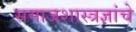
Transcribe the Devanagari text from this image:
समाजशास्त्रज्ञांचे